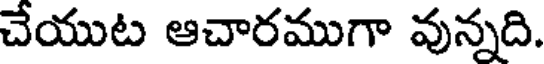
చేయుట ఆచారముగా వున్నది.